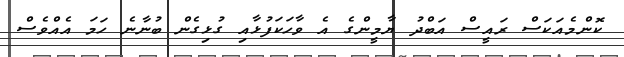
ކޮންމެއަކަސް ރައީސް އަބްދު ޔާމީންގެ އެ ވާހަކަފުޅާއި ގުޅިގެން ބުނާނެ ހަމަ އެއްވެސް